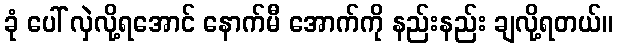
ခုံ ပေါ် လှဲလို့ရအောင် နောက်မီ အောက်ကို နည်းနည်း ချလို့ရတယ်။